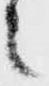
之